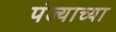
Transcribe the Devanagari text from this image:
पंज्याच्या